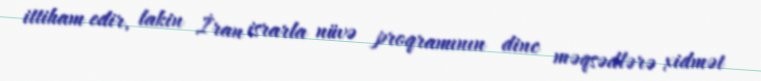
ittiham edir, lakin İran israrla nüvə proqramının dinc məqsədlərə xidmət